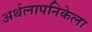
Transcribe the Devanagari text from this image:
अर्थलापनिकेला